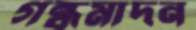
গন্ধমাদন